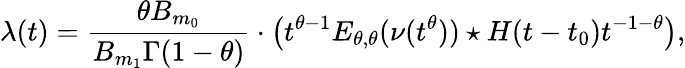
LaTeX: \lambda(t)=\frac{\theta B_{m_{0}}}{B_{m_{1}}\Gamma(1-\theta)}\cdot\left(t^{\theta-1}E_{\theta,\theta}(\nu(t^{\theta}))\star H(t-t_{0})t^{-1-\theta}\right),